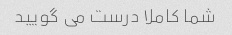
شما کاملا درست می گویید